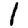
Digit: 1